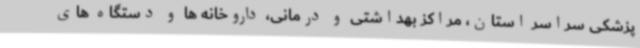
پزشکی سراسر استان، مراکز بهداشتی و درمانی، داروخانه ها و دستگاه های